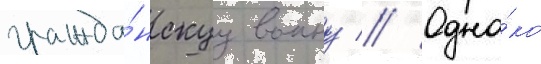
гражда́нскуу воину // Одна́ко